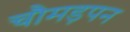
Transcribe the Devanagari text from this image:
चौमड़पन